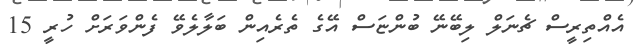
އެއްތިރީސް ޗެނަލް ލިބޭނޭ ބުންޏަސް އޭގެ ތެރެއިން ބަލާލެވޭ ފެންވަރަށް ހުރީ 15